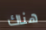
هناك